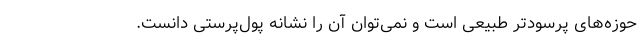
حوزه‌های پرسودتر طبیعی است و نمی‌توان آن را نشانه پول‌پرستی دانست.